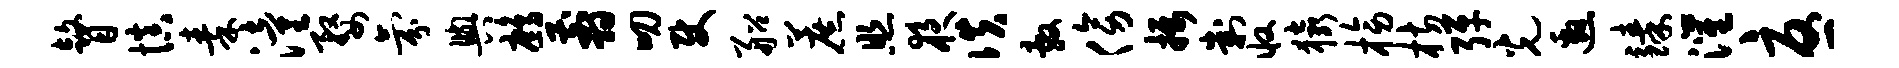
瞽慎秦潼婺氛舆鹧翦叨使船蔗照夜佚敷傍摄判收猿榜枋弹光邀臻灌忧